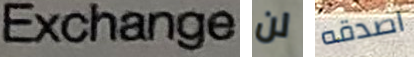
Exchange لن اصدقه